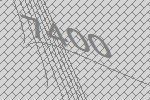
7400